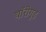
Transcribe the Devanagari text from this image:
थॉरोगुड